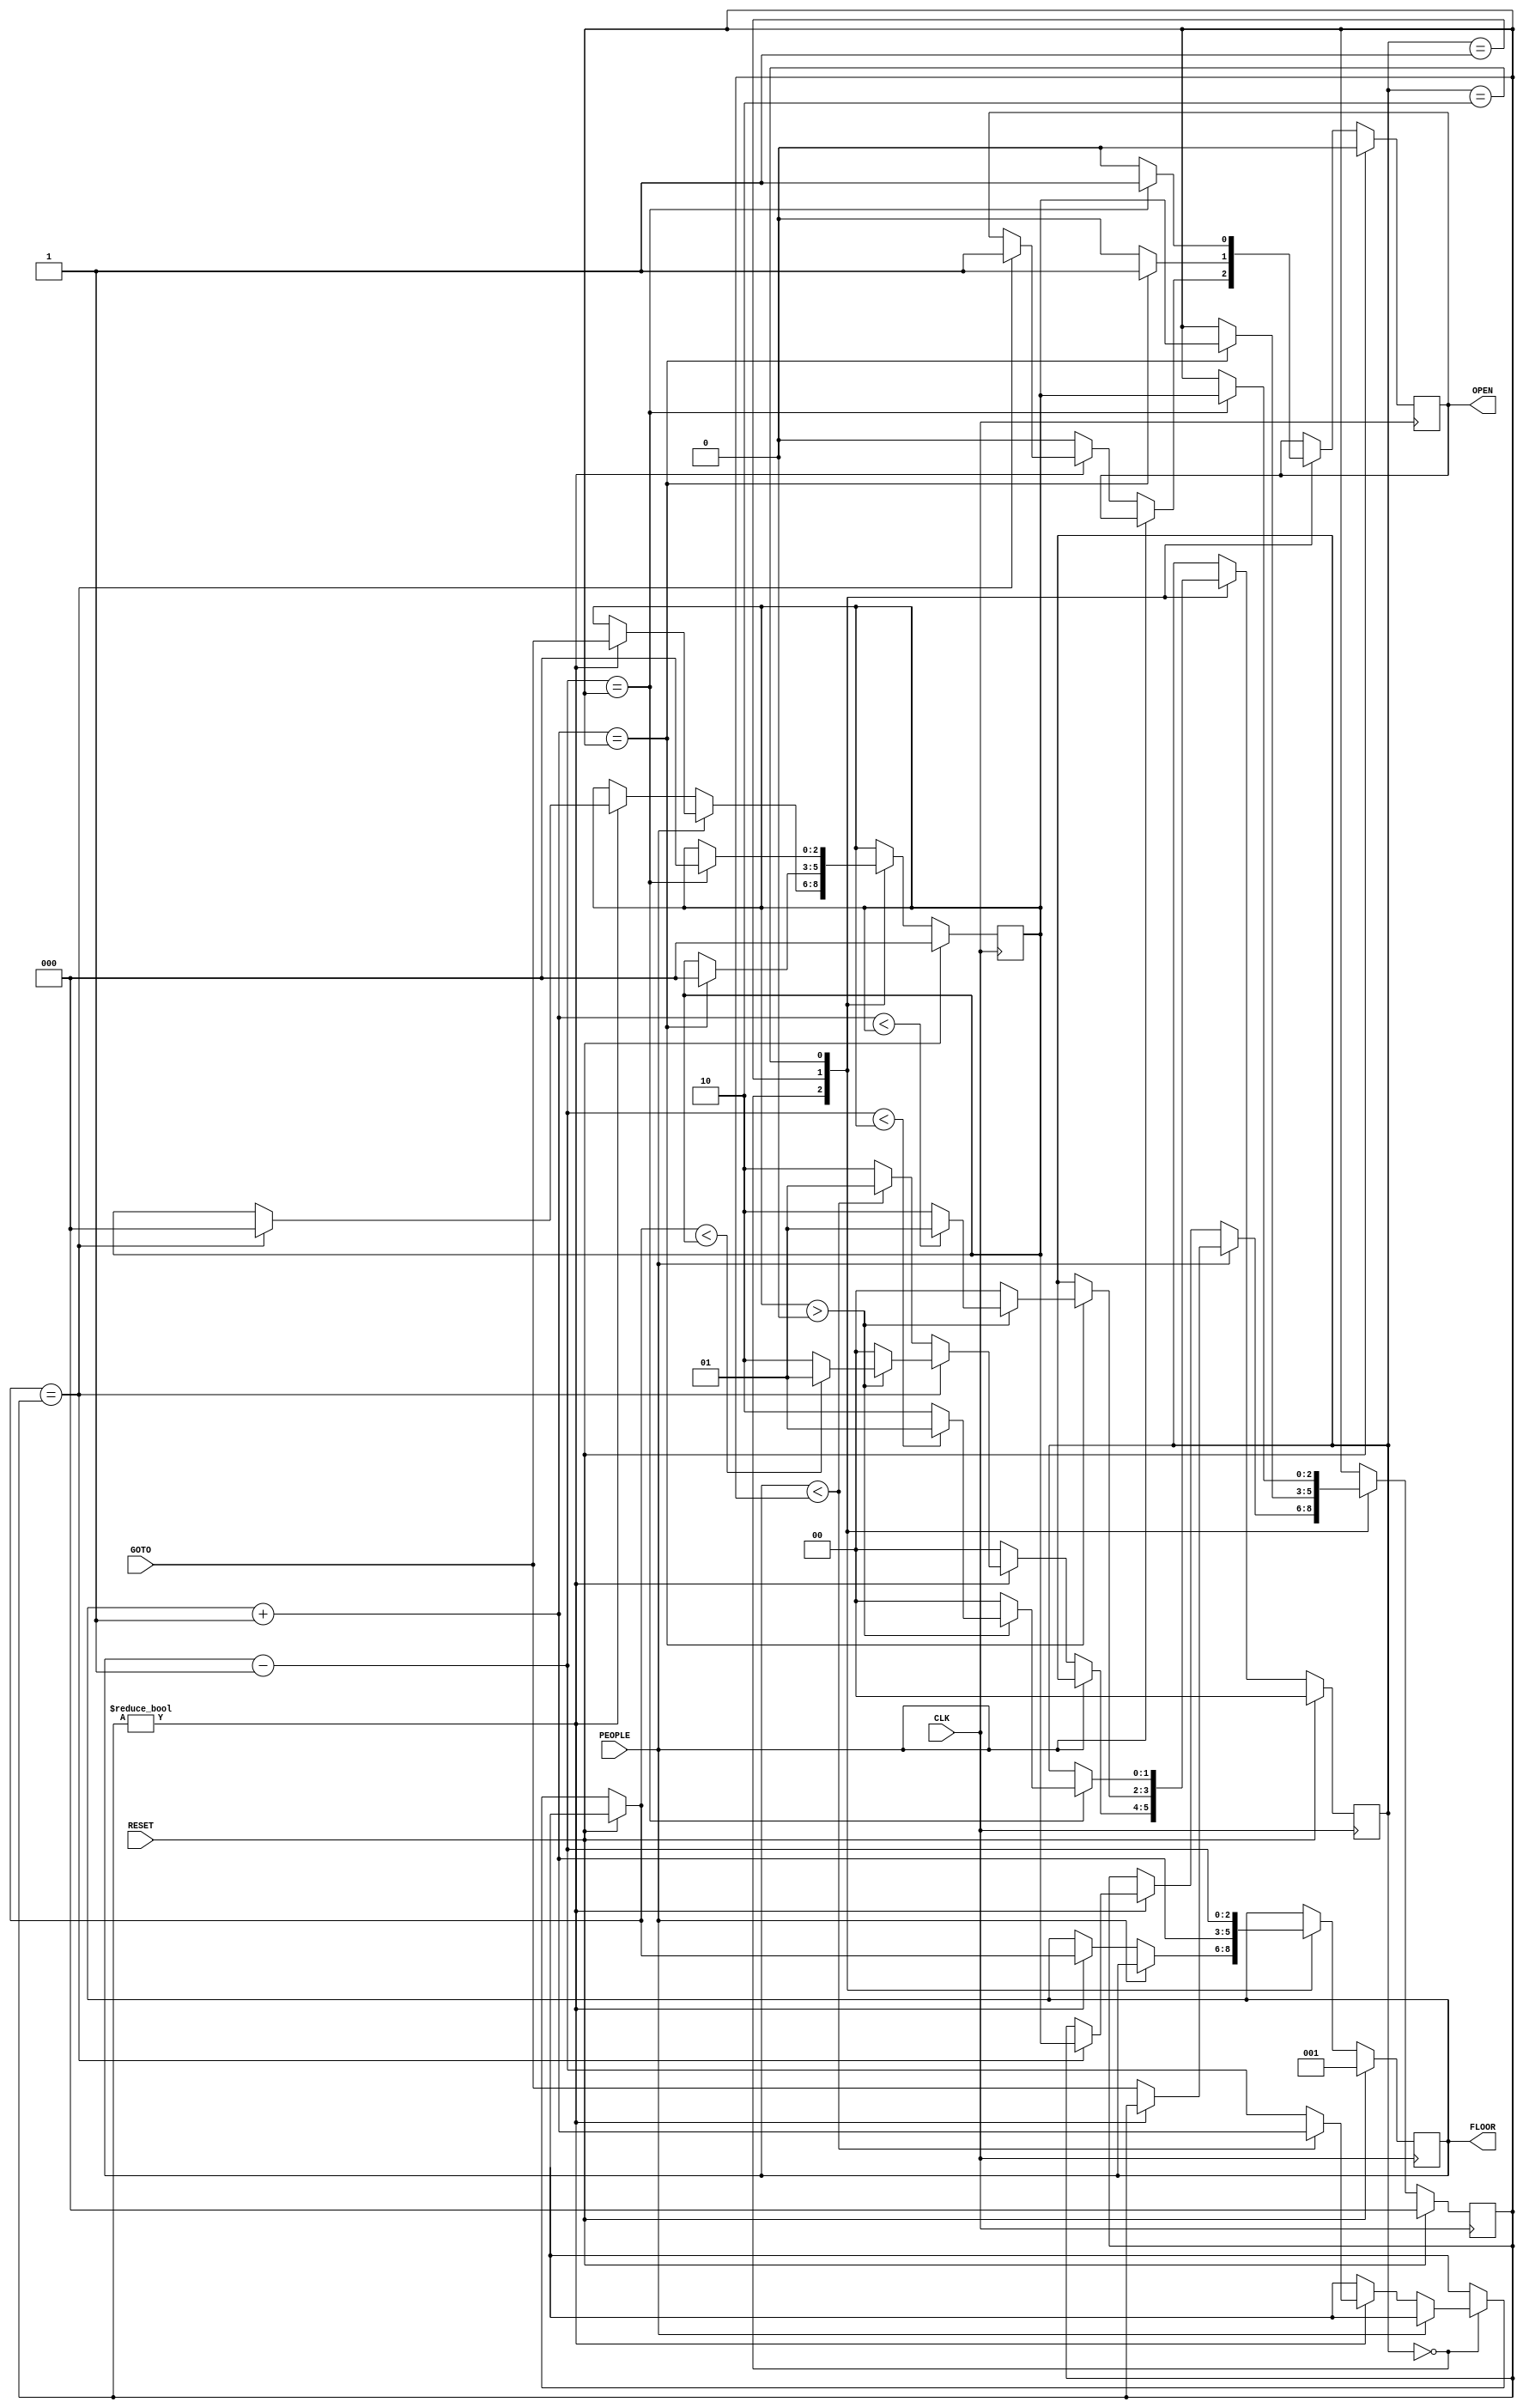
module ELEVATOR(FLOOR, OPEN, CLK, RESET, PEOPLE, GOTO);

    input               CLK, RESET, PEOPLE; 
    input       [2:0]    GOTO;
    output reg          OPEN;   
    output reg  [2:0]    FLOOR;

    reg         [2:0]   NEXT1, NEXT2;
    reg         [1:0]   STATE;

    always@(posedge CLK) begin
        // init
        if (RESET) begin
            OPEN = 0;
            FLOOR = 1;
            NEXT1 = 0;
            NEXT2 = 0;
            STATE = 0;
        end

        else begin
            case (STATE)
                //hlt
                0: begin
                    if (PEOPLE) begin
                        if (NEXT1) NEXT2 = GOTO;
                        else NEXT1 = GOTO;
                    end
                    else if (NEXT1) begin
                        if (FLOOR < NEXT1) begin
                            STATE = 1;
                            FLOOR = FLOOR + 1;
                        end
                        else begin
                            STATE = 2;
                            FLOOR = FLOOR - 1;
                        end
                        if (FLOOR == NEXT1) begin
                            OPEN = 1;
                            NEXT1 = NEXT2;
                            NEXT2 = 0;
                            if (NEXT1 > 0) begin
                                if (FLOOR < NEXT1) STATE = 1;
                                else STATE = 2;
                            end
                            else STATE = 0;
                        end
                    end
                    else begin
                        STATE = 0;
                        OPEN = 0;
                    end
                end
                //up
                1: begin
                    FLOOR = FLOOR + 1;
                    if (FLOOR == NEXT1) begin
                        OPEN = 1;
                        NEXT1 = NEXT2;
                        NEXT2 = 0;
                        if (NEXT1 > 0) begin
                            if (FLOOR < NEXT1) STATE = 1;
                            else STATE = 2;
                        end
                        else STATE = 0;
                    end
                    else begin
                        OPEN = 0;
                    end
                end
                //down
                2: begin
                    FLOOR = FLOOR - 1;
                    if (FLOOR == NEXT1) begin
                        OPEN = 1;
                        NEXT1 = NEXT2;
                        NEXT2 = 0;
                        if (NEXT1 > 0) begin
                            if (FLOOR < NEXT1) STATE = 1;
                            else STATE = 2;
                        end
                        else STATE = 0;
                    end
                    else begin
                        OPEN = 0;
                    end
                end
            endcase
        end
    end

endmodule